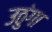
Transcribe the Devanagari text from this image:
उठुंगा